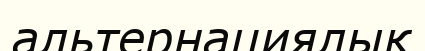
альтернациялық